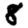
Digit: 8